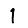
Digit: 1